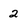
Character: 2